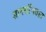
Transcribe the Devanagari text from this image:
ज्ञानसंचितात